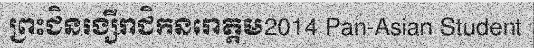
ព្រះជិនរង្សីរាជិកនរោត្តម2014 Pan-Asian Student